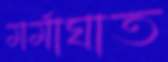
মর্মাঘাত